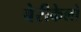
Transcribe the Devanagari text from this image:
बेरीकेलो